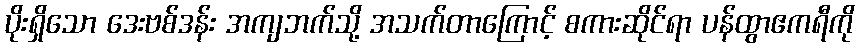
ပိုးရှိသော ဒေးဗစ်ဒန်း အကျဘက်သို့ အသက်တာကြောင့် စကားဆိုင်ရာ ပန်ထွာဧကရီကို